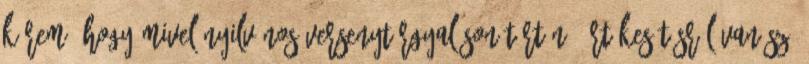
Kérem, hogy mivel nyilvános versenytárgyaláson történő értékesítésről van szó